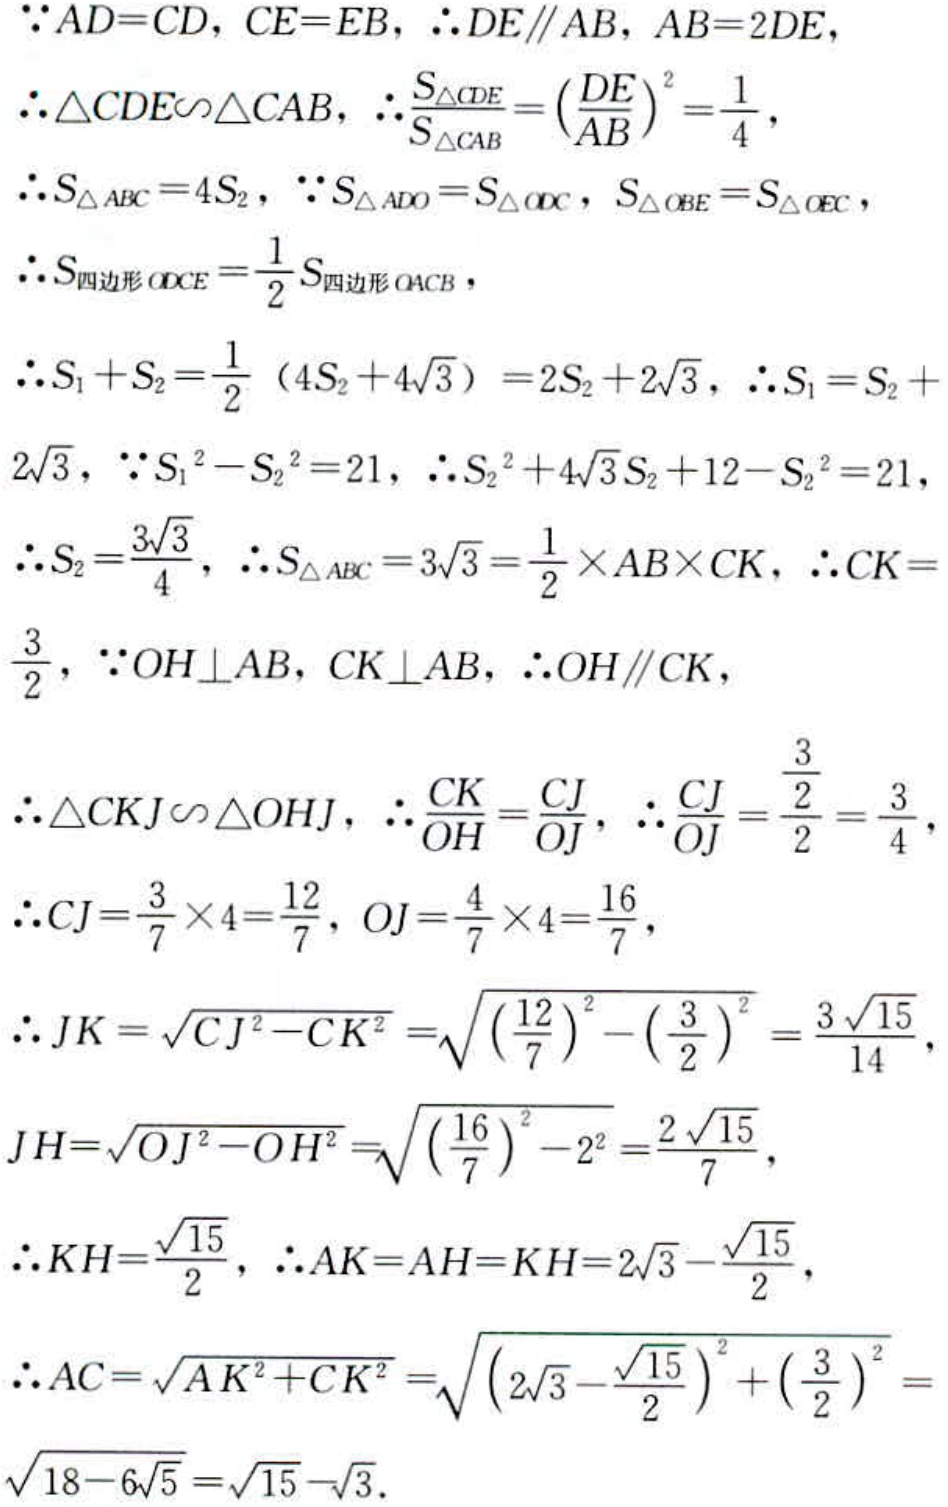
\(\because AD = CD, CE = EB, \therefore DE\parallel AB, AB = 2DE,\)
\(\therefore \triangle CDE\sim\triangle CAB, \therefore \frac{S_{\triangle CDE}}{S_{\triangle CAB}} = (\frac{DE}{AB})^2=\frac{1}{4},\)
\(\therefore S_{\triangle ABC}=4S_{2}, \because S_{\triangle ADO}=S_{\triangle DOC}, S_{\triangle OBE}=S_{\triangle OEC},\)
\(\therefore S_{四边形ODCE}=\frac{1}{2}S_{四边形OACB},\)
\(\therefore S_{1}+S_{2}=\frac{1}{2}(4S_{2} + 4\sqrt{3})=2S_{2}+2\sqrt{3}, \therefore S_{1}=S_{2}+2\sqrt{3},\)
\(\because S_{1}^{2}-S_{2}^{2}=21, \therefore S_{2}^{2}+4\sqrt{3}S_{2}+12 - S_{2}^{2}=21,\)
\(\therefore S_{2}=\frac{3\sqrt{3}}{4}, \therefore S_{\triangle ABC}=3\sqrt{3}=\frac{1}{2}\times AB\times CK, \therefore CK = \frac{3}{2},\)
\(\because OH\perp AB, CK\perp AB, \therefore OH\parallel CK,\)
\(\therefore \triangle CKJ\sim\triangle OHJ, \therefore \frac{CK}{OH}=\frac{CJ}{OJ}, \therefore \frac{CJ}{OJ}=\frac{\frac{3}{2}}{2}=\frac{3}{4},\)
\(\therefore CJ=\frac{3}{7}\times4=\frac{12}{7}, OJ=\frac{4}{7}\times4=\frac{16}{7},\)
\(\therefore JK=\sqrt{CJ^{2}-CK^{2}}=\sqrt{(\frac{12}{7})^{2}-(\frac{3}{2})^{2}}=\frac{3\sqrt{15}}{14},\)
\(JH=\sqrt{OJ^{2}-OH^{2}}=\sqrt{(\frac{16}{7})^{2}-2^{2}}=\frac{2\sqrt{15}}{7},\)
\(\therefore KH=\frac{\sqrt{15}}{2}, \therefore AK = AH = KH = 2\sqrt{3}-\frac{\sqrt{15}}{2},\)
\(\therefore AC=\sqrt{AK^{2}+CK^{2}}=\sqrt{(2\sqrt{3}-\frac{\sqrt{15}}{2})^{2}+(\frac{3}{2})^{2}}=\sqrt{18 - 6\sqrt{5}}=\sqrt{15}-\sqrt{3}.\)